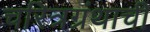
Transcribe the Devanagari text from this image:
चरित्रग्रंथाची